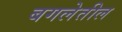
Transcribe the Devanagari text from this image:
बगलेतील